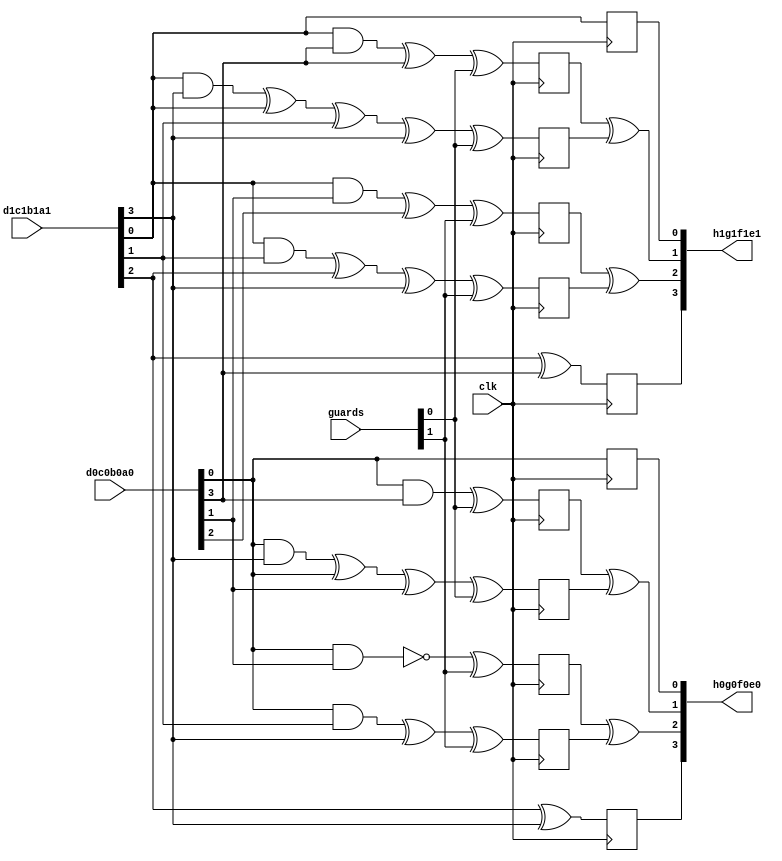
`timescale 1ns / 1ps
//////////////////////////////////////////////////////////////////////////////////
// Company: 
// Engineer: 
// 
// Design Name: 
// Module Name:    GSharedSbox 
// Project Name: 
// Target Devices: 
// Tool versions: 
// Description: 
//
// Dependencies: 
//
// Revision: 
// Revision 0.01 - File Created
// Additional Comments: 
//
//////////////////////////////////////////////////////////////////////////////////
module gshared_sbox(
	input				clk,
	
	input	[03:00]		d0c0b0a0,
	input	[03:00]		d1c1b1a1,
	
	input	[01:00]		guards,
	
	output	[03:00]		h0g0f0e0,
	output	[03:00]		h1g1f1e1
    );
	
	// intermediate
	wire 				d0, d1;
	wire 				c0, c1;
	wire 				b0, b1;
	wire 				a0, a1;
	
	wire				ra;
	wire				rb;
	
	wire				e0, e1;
	wire				f0, f1;
	wire				f2, f3;
	wire				g0, g1;
	wire				g2, g3;
	wire				h0, h1;
	
	reg					e0_r, e1_r;
	reg					f0_r, f1_r;
	reg					f2_r, f3_r;
	reg					g0_r, g1_r;
	reg					g2_r, g3_r;
	reg					h0_r, h1_r;
	
	wire				f0f1, f2f3;
	wire				g0g1, g2g3;
	
	assign rb = guards[1];
	assign ra = guards[0];
	
	assign d0 = d0c0b0a0[3];
	assign c0 = d0c0b0a0[2];
	assign b0 = d0c0b0a0[1];
	assign a0 = d0c0b0a0[0];
	
	assign d1 = d1c1b1a1[3];
	assign c1 = d1c1b1a1[2];
	assign b1 = d1c1b1a1[1];
	assign a1 = d1c1b1a1[0];
	
	// Masking scheme
	assign e0 = a0;
	assign e1 = a1;
	
	assign f0 = (a0 & d0)                ^ ra;
	assign f1 = (a0 & d1) ^ a0 ^ b0      ^ ra;
	assign f2 = (a1 & d0) ^ d0           ^ ra;
	assign f3 = (a1 & d1) ^ a1 ^ b1 ^ d1 ^ ra;
	
	assign g0 = (a0 & b0) ^ 1'b1	^ rb;
	assign g1 = (a0 & b1) ^ d1 		^ rb;
	assign g2 = (a1 & b0) ^ c0 		^ rb;
	assign g3 = (a1 & b1) ^ c1 ^ d1 ^ rb;
	
	assign h0 = c1 ^ d1;
	assign h1 = c1 ^ d0;
	
	// store;
	always @(posedge clk) e0_r <= e0;
	always @(posedge clk) e1_r <= e1;
	
	always @(posedge clk) f0_r <= f0;
	always @(posedge clk) f1_r <= f1;
	always @(posedge clk) f2_r <= f2;
	always @(posedge clk) f3_r <= f3;
	
	always @(posedge clk) g0_r <= g0;
	always @(posedge clk) g1_r <= g1;
	always @(posedge clk) g2_r <= g2;
	always @(posedge clk) g3_r <= g3;
	
	always @(posedge clk) h0_r <= h0;
	always @(posedge clk) h1_r <= h1;
	
	assign f0f1 = f0_r ^ f1_r;
	assign f2f3 = f2_r ^ f3_r;
	
	assign g0g1 = g0_r ^ g1_r;
	assign g2g3 = g2_r ^ g3_r;
	
	assign h0g0f0e0 = {h0_r, g0g1, f0f1, e0_r};
	assign h1g1f1e1 = {h1_r, g2g3, f2f3, e1_r};
	
endmodule